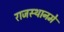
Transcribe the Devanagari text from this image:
राजस्थानमे